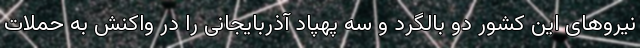
نیروهای این کشور دو بالگرد و سه پهپاد آذربایجانی را در واکنش به حملات